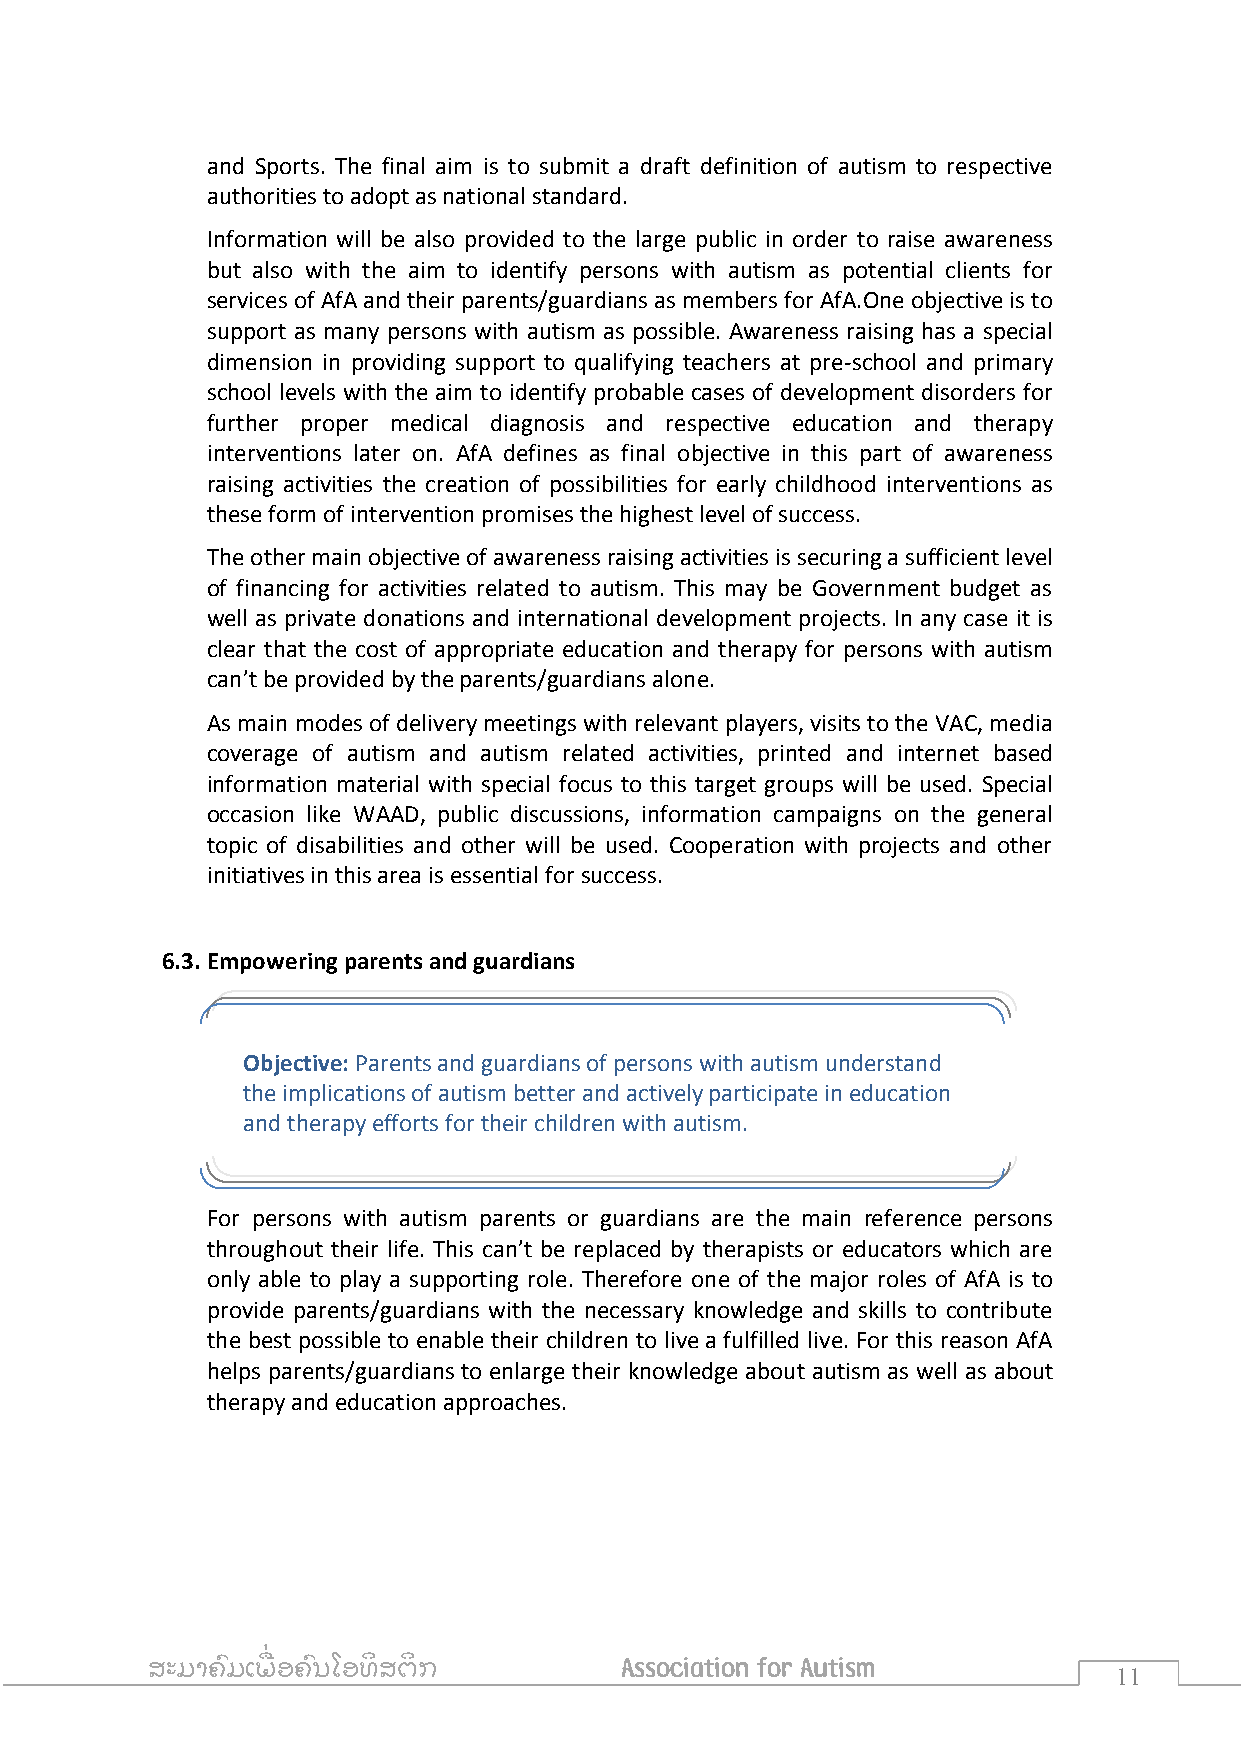
Objective: Association for Autism is well established, financially
 sound and properly functioning NPA. AfA has a strong headquarter in
 Vientiane and branches in the main urban centers of Lao PDR.
 and Sports. The final aim is to submit a draft definition of autism to respective
 authorities to adopt as national standard.
 Information will be also provided to the large public in order to raise awareness
 but also with the aim to identify persons with autism as potential clients for
 services of AfA and their parents/guardians as members for AfA.One objective is to
 support as many persons with autism as possible. Awareness raising has a special
 dimension in providing support to qualifying teachers at pre-school and primary
 school levels with the aim to identify probable cases of development disorders for
 further proper medical diagnosis and respective education and therapy
 interventions later on. AfA defines as final objective in this part of awareness
 raising activities the creation of possibilities for early childhood interventions as
 these form of intervention promises the highest level of success.
 The other main objective of awareness raising activities is securing a sufficient level
 of financing for activities related to autism. This may be Government budget as
 well as private donations and international development projects. In any case it is
 clear that the cost of appropriate education and therapy for persons with autism
 can’t be provided by the parents/guardians alone.
 As main modes of delivery meetings with relevant players, visits to the VAC, media
 coverage of autism and autism related activities, printed and internet based
 information material with special focus to this target groups will be used. Special
 occasion like WAAD, public discussions, information campaigns on the general
 topic of disabilities and other will be used. Cooperation with projects and other
 initiatives in this area is essential for success.
 6.3. Empowering parents and guardians
 Objective: Parents and guardians of persons with autism understand
 the implications of autism better and actively participate in education
 and therapy efforts for their children with autism.
 For persons with autism parents or guardians are the main reference persons
 throughout their life. This can’t be replaced by therapists or educators which are
 only able to play a supporting role. Therefore one of the major roles of AfA is to
 provide parents/guardians with the necessary knowledge and skills to contribute
 the best possible to enable their children to live a fulfilled live. For this reason AfA
 helps parents/guardians to enlarge their knowledge about autism as well as about
 therapy and education approaches.
 ສະມາຄົ ມເພ ື່ ອຄົ ນໂອທິ ສຕິ ກ  Association for Autism
 11